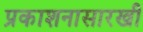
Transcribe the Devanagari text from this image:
प्रकाशनासारखी